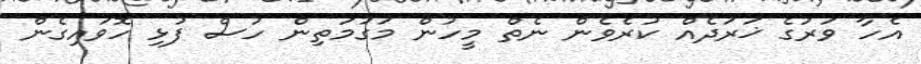
އެހާ ވަރުގެ ޚަރަދެއް ކުރެވެން ނެތް މީހުން މަގުމަތިން ހުސް ފުޅި ހޮވައިގެން